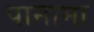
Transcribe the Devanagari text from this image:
पानामा